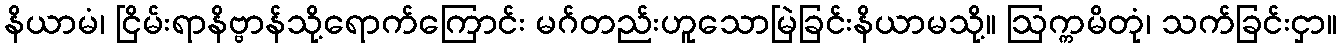
နိယာမံ၊ ငြိမ်းရာနိဗ္ဗာန်သို့ရောက်ကြောင်း မဂ်တည်းဟူသောမြဲခြင်းနိယာမသို့။ ဩက္ကမိတုံ၊ သက်ခြင်းငှာ။